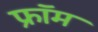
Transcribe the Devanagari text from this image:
फ्राॅम